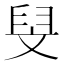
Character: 𮍧